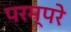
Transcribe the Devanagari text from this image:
परम्परे